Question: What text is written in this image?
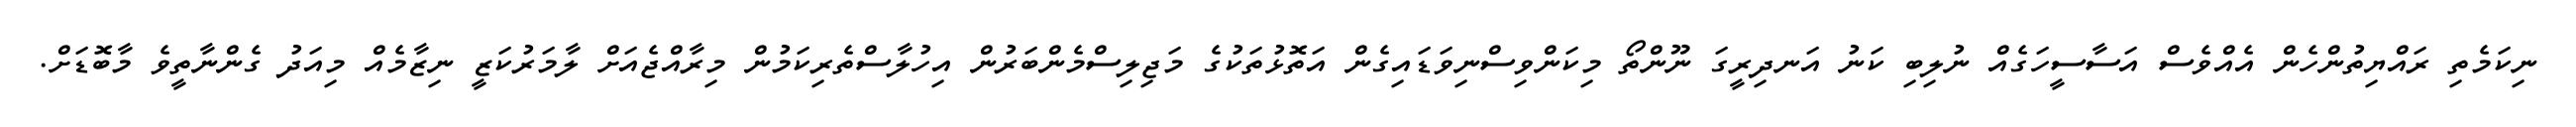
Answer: ނިކަމެތި ރައްޔިތުންހެން އެއްވެސް އަސާސީހަގެއް ނުލިބި ކަނު އަނދިރީގަ ނޫންތޯ މިކަންވިސްނިވަޑައިގެން އަތޮޅުތަކުގެ މަޖިލިސްމެންބަރުން އިހުލާސްތެރިކަމުން މިރާއްޖެއަށް ލާމަރުކަޒީ ނިޒާމެއް މިއަދު ގެންނާތީވެ މާބޮޑަށް.